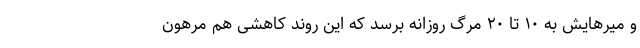
و میرهایش به ۱۰ تا ۲۰ مرگ روزانه برسد که این روند کاهشی هم مرهون